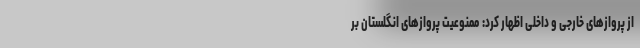
از پرواز‌های خارجی و داخلی اظهار کرد: ممنوعیت پرواز‌های انگلستان بر